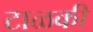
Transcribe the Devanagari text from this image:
टाळकी